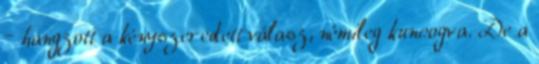
– hangzott a kényszeredett válasz, némileg kuncogva. De a